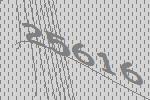
25616